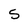
Character: 5